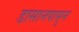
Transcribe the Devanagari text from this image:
डासानपासुन